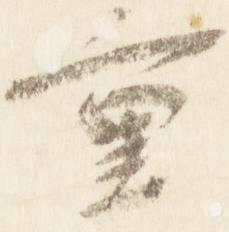
重